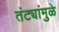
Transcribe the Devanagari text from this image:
तंट्यांमुळे